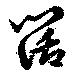
闊